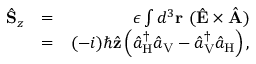
\begin{array} { r l r } { \hat { \bf S } _ { z } } & { = } & { \epsilon \int d ^ { 3 } { \bf r } \ ( \hat { \bf E } \times \hat { \bf A } ) } \\ & { = } & { ( - i ) \hbar \hat { \bf z } \left( \hat { a } _ { \mathrm { H } } ^ { \dagger } \hat { a } _ { \mathrm { V } } - \hat { a } _ { \mathrm { V } } ^ { \dagger } \hat { a } _ { \mathrm { H } } \right) , } \end{array}